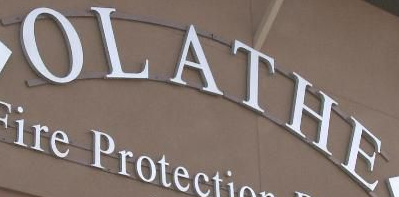
OLATHE